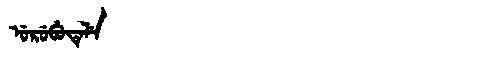
Manchu: ᡠᡵᡠᠪᡠᡨᡝᠯᡝ
Romanization: URUBUTELE